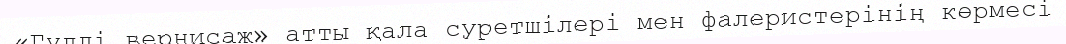
«Гүлді вернисаж» атты қала суретшілері мен фалеристерінің көрмесі